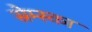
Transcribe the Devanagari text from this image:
स्रेम्स्का